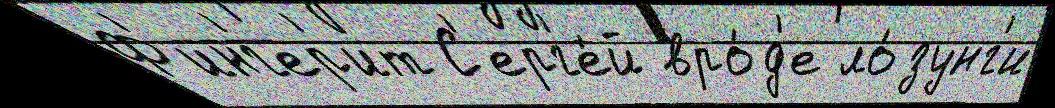
Ф'инг'ер'ит С'ерг'е́й вро́д'е ло́зунг'и